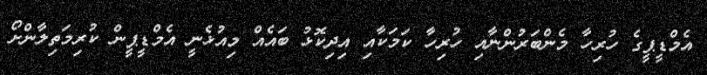
އެމްޑީޕީގެ ހުރިހާ މެންބަރުންނާއި ހުރިހާ ކަމަކާއި އިދިކޮޅު ބައެއް މިއުޅެނީ އެމްޑީޕީން ކުރިމަތިލާންށޯ